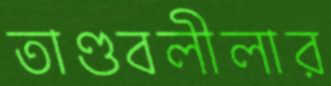
তাণ্ডবলীলার